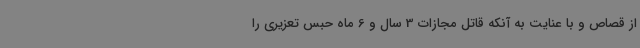
از قصاص و با عنایت به آنکه قاتل مجازات 3 سال و 6 ماه حبس تعزیری را